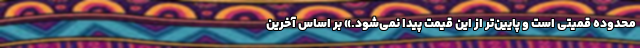
محدوده قمیتی است و پایین‌تر از این قیمت پیدا نمی‌شود.» بر اساس آخرین